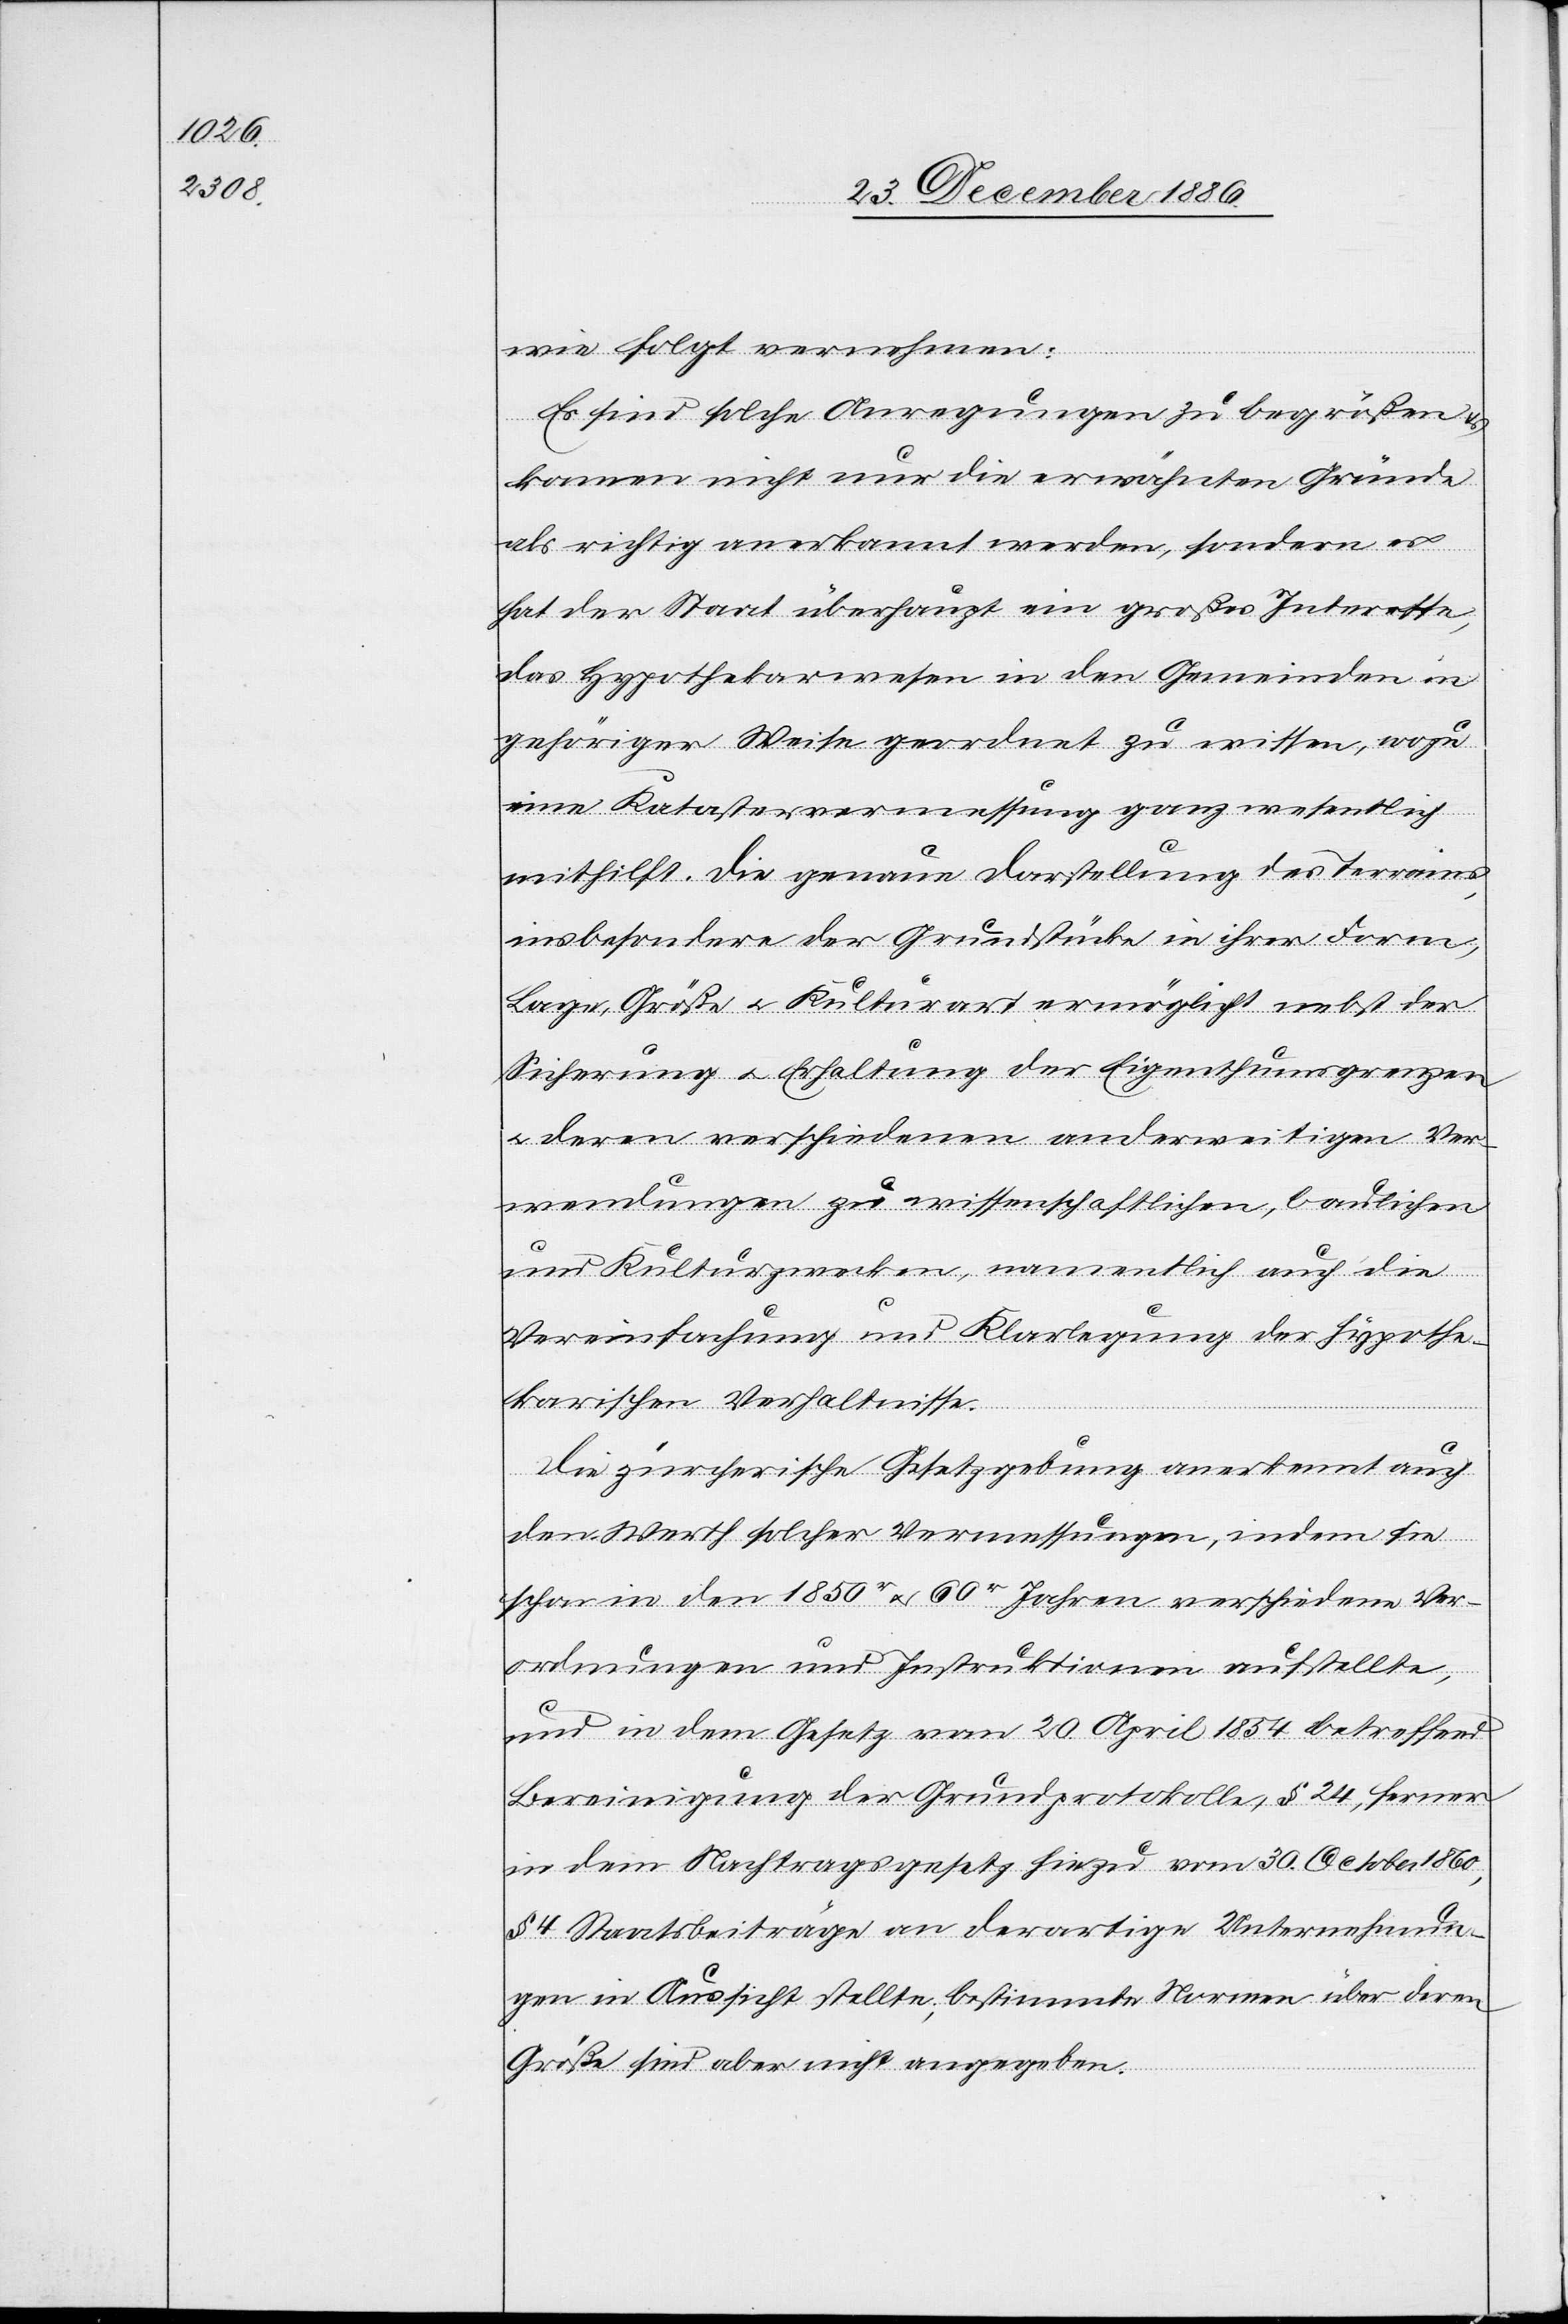
wie folgt vernehmen:
Es sind solche Anregungen zu begrüßen &
konnen [sic!] nicht nur die erwähnten Gründe
als richtig anerkannt werden, sondern es
hat der Staat überhaupt ein großes Interesse,
das Hypothekarwesen in den Gemeinden in
gehöriger Weise geordnet zu wissen, wozu
eine Katastervermessung ganz wesentlich
mithilft. Die genaue Darstellung des Terrains,
insbesondere der Grundstücke in ihrer Form,
Lage, Größe & Kulturart ermöglicht nebst der
Sicherung & Erhaltung der Eigenthumsgrenzen
deren verschiedenen anderweitigen Ver¬
wendungen zu wissenschaftlichen, baulichen
und Kulturzwecken, namentlich auch die
Vereinfachung und Klarlegung der hypothe¬
karischen Verhaltnisse
Die zürcherische Gesetzgebung anerkennt auch
den Werth solcher Vermessungen, indem sie
schon in den 1850r & 60r Jahren verschiedene Ver¬
ordnungen und Instruktionen aufstellte,
und in dem Gesetz vom 20. April 1854 betreffend
Bereinigung der Grundprotokolle, § 24, ferner
in dem Nachtragsgesetz hiezu vom 30. October 1860,
§ 4 Staatsbeiträge an derartige Unternehmun¬
gen in Aussicht stellte; bestimmte Normen über deren
Größe sind aber nicht angegeben.